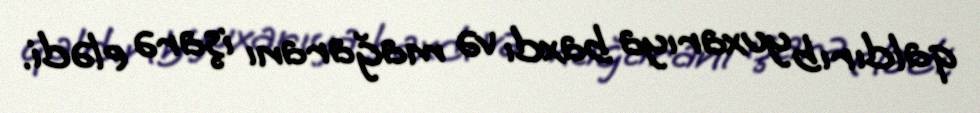
qaldırıb yuxarıya baxdı və mağaranı işarə elədi.